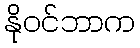
နိုဝင်ဘာက